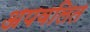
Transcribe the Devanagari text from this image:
अपवलित